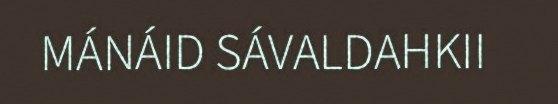
MÁNÁID SÁVALDAHKII